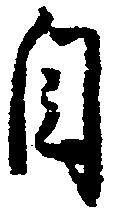
今